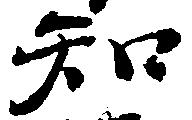
知